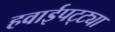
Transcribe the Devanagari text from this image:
हवाईपट्ट्या